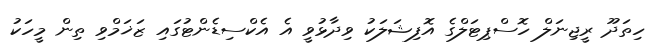
ހިތަދޫ ރީޖިނަލް ހޮސްޕިޓަލްގެ އޮފިޝަލަކު ވިދާޅުވީ އެ އެކްސިޑެންޓުގައި ޒަޚަމްވި ތިން މީހަކު